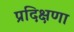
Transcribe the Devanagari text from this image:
प्रदिक्षणा